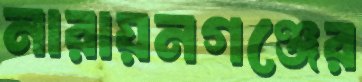
নারায়নগঞ্জের